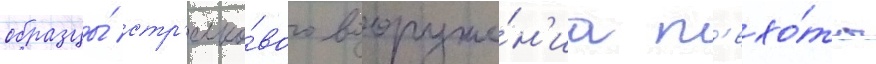
образцы́ стр'елко́вого вооруже́н'иа п'ехо́ты